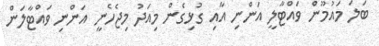
ބަލަ މައުމޫން ވައްޓާލީ އަންނި އާއި ގުޅިގެން މިއަދު މިޖެހެނީ އަންނި ވައްޓާލަން